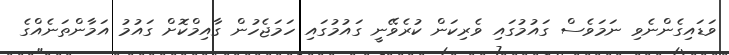
ވަޑައިގެންނެވި ނަމަވެސް ގައުމުގައި ވެރިކަން ކުރެވޭނީ ގައުމުގައި ހަމަޖެހުން ގާއިމްކޮށް ގައުމު އަމާންތަނެއްގެ